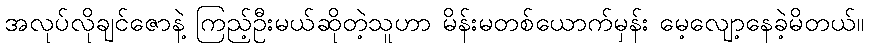
အလုပ်လိုချင်ဇောနဲ့ ကြည့်ဦးမယ်ဆိုတဲ့သူဟာ မိန်းမတစ်ယောက်မှန်း မေ့လျော့နေခဲ့မိတယ်။